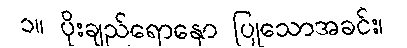
၁။ ပိုးချည်ရောနှော ပြုသောအခင်း၊